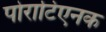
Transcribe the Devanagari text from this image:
पोराटिएनक